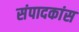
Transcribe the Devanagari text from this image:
संपादकांस